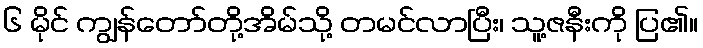
၆ မိုင် ကျွန်တော်တို့အိမ်သို့ တမင်လာပြီး၊ သူ့ဇနီးကို ပြ၏။